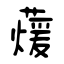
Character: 蕿